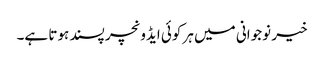
خیر نوجوانی میں ہر کوئی ایڈونچر پسند ہوتا ہے۔